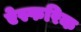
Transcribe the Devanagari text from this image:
ऐस्फरिक